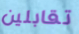
تقابلين